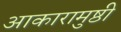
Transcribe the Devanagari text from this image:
आकारामुष्ठी